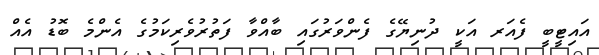
އައިޓީބީ ފެއަރ އަކީ ދުނިޔޭގެ ފެންވަރުގައި ބާއްވާ ފަތުރުވެރިކަމުގެ އެންމެ ބޮޑު އެއް